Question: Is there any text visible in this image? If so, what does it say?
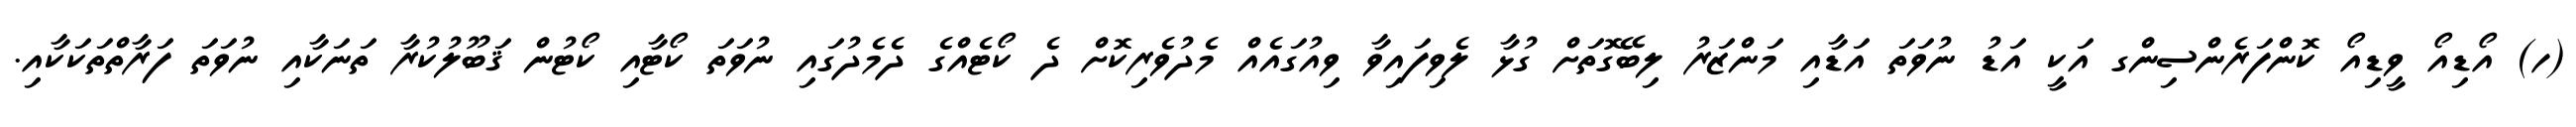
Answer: (ހ) އޯޑިއޯ ވީޑިއޯ ކޮންފަރެންސިންގ އަކީ އަޑު ނުވަތަ އަޑާއި މަންޒަރު ލިބޭގޮތަށް ގުޅާ ލެވިފައިވާ ވިއުގައެއް މެދުވެރިކޮށް ދެ ކޯޓެއްގެ ދެމެދުގައި ނުވަތަ ކޯޓާއި ކޯޓުން ޤަބޫލުކުރާ ތަނަކާއި ނުވަތަ ފަރާތްތަކަކާއި.